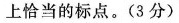
上恰当的标点。（3分）